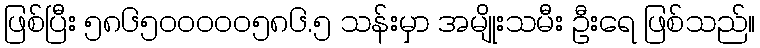
ဖြစ်ပြီး ၅၈၆၅၀၀၀၀၀၅၈၆.၅ သန်းမှာ အမျိုးသမီး ဦးရေ ဖြစ်သည်။